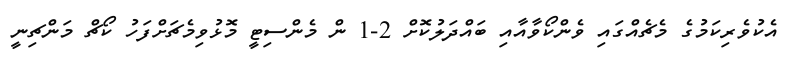
އެކުވެރިކަމުގެ މެޗެއްގައި ވެންކޯވާއާއި ބައްދަލުކޮށް 2-1 ން މެންސިޓީ މޮޅުވިމެޗަށްފަހު ކޯޗް މަންޗިނީ